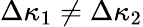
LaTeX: \Delta\kappa_{1}\neq\Delta\kappa_{2}